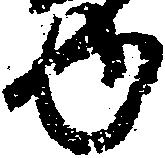
ゆ